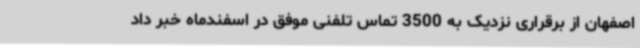
اصفهان از برقراری نزدیک به 3500 تماس تلفنی موفق در اسفندماه خبر داد